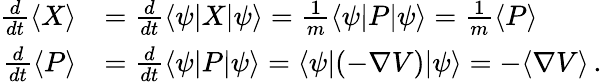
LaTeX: {\begin{array}{rl}{{\frac{d}{dt}}\langle X\rangle}&{={\frac{d}{dt}}\langle\psi|X|\psi\rangle={\frac{1}{m}}\langle\psi|P|\psi\rangle={\frac{1}{m}}\langle P\rangle}\\ {{\frac{d}{dt}}\langle P\rangle}&{={\frac{d}{dt}}\langle\psi|P|\psi\rangle=\langle\psi|(-\nabla V)|\psi\rangle=-\langle\nabla V\rangle\, .}\end{array}}